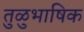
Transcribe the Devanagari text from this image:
तुळुभाषिक